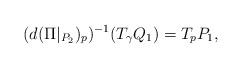
LaTeX: \begin{align*} (d(\Pi|_{P_2})_p)^{-1} (T_\gamma Q_1 ) = T_p P_1, \end{align*}